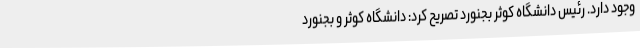
وجود دارد. رئیس دانشگاه کوثر بجنورد تصریح کرد: دانشگاه کوثر و بجنورد